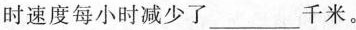
时速度每小时减少了___千米